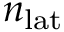
n _ { \mathrm { l a t } }